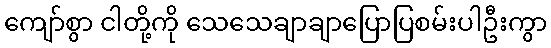
ကျော်စွာ ငါတို့ကို သေသေချာချာပြောပြစမ်းပါဦးကွာ